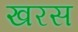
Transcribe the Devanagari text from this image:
खरस